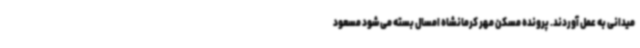
میدانی به عمل آوردند. پرونده مسکن مهر کرمانشاه امسال بسته می‌شود مسعود